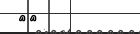
٤٩